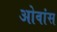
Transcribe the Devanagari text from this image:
ओवांस